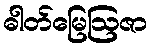
ဓါတ်မြေဩဇာ